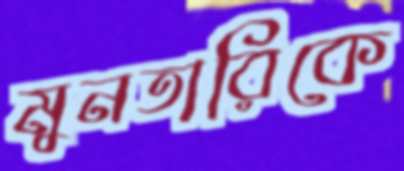
মুনতারিকে